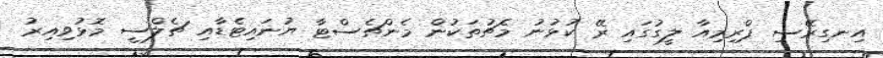
އިނގިރޭސި ޕްރިމިއާ ލީގުގައި ރޭ ކުޅުނު މެޗުތަކުން މެންޗެސްޓާ ޔުނައިޓެޑާއި ޗެލްސީ މޮޅުވިއިރު